Indian journal of veterinary science and animal husbandry - Volumes 15-17, 1948-1951
Year: 1948
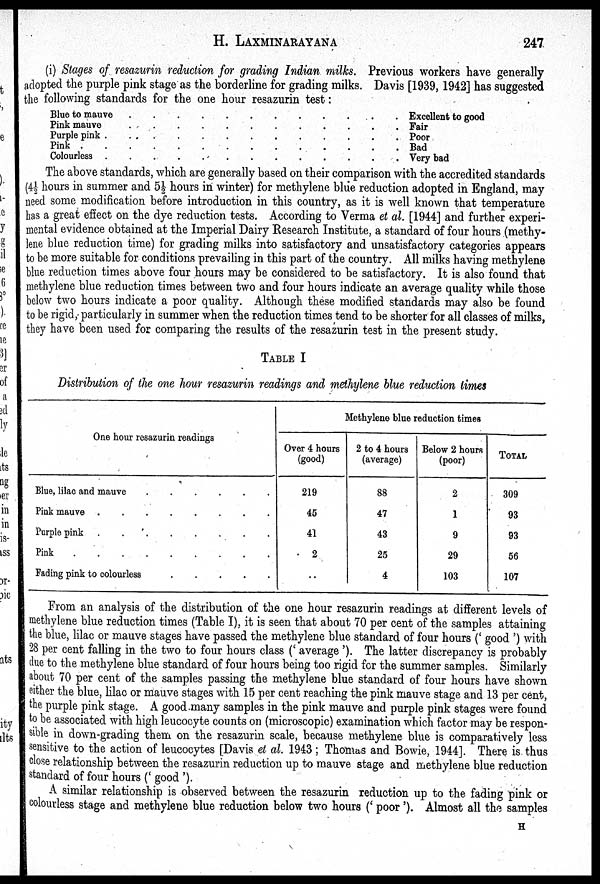
H. LAXMINARAYANA 247
(i) Stages of resazurin reduction for grading Indian milks. Previous workers have generally
adopted the purple pink stage as the borderline for grading milks. Davis [1939, 1942] has suggested
the following standards for the one hour resazurin test :
Blue to mauve
Pink mauve
Purple pink
Pink
Colourless
Excellent to good
Fair
Poor
Bad
Very bad
The above standards, which are generally based on their comparison with the accredited standards
(4½ hours in summer and 5½ hours in winter) for methylene blue reduction adopted in England, may
need some modification before introduction in this country, as it is well known that temperature
has a great effect on the dye reduction tests. According to Verma et al. [1944] and further experi-
mental evidence obtained at the Imperial Dairy Research Institute, a standard of four hours (methy-
lene blue reduction time) for grading milks into satisfactory and unsatisfactory categories appears
to be more suitable for conditions prevailing in this part of the country. All milks having methylene
blue reduction times above four hours may be considered to be satisfactory. It is also found that
methylene blue reduction times between two and four hours indicate an average quality while those
below two hours indicate a poor quality. Although these modified standards may also be found
to be rigid, particularly in summer when the reduction times tend to be shorter for all classes of milks,
they have been used for comparing the results of the resazurin test in the present study.
TABLE I
Distribution of the one hour resazurin readings and methylene blue reduction times
One hour resazurin readings
Blue, lilac and mauve . . . . . .
Pink mauve .
.
.
.
.
.
.
.
Purple pink . . . . . .
Pink . . . . . .
Fading pink to colourless . . . . .
Methylene blue reduction times
Over 4 hours
(good)
219
45
41
2
..
2 to 4 hours
(average)
88
47
43
25
4
Below 2 hours
(poor)
2
1
9
29
103
TOTAL
309
93
93
56
107
From an analysis of the distribution of the one hour resazurin readings at different levels of
methylene blue reduction times (Table I), it is seen that about 70 per cent of the samples attaining
the blue, lilac or mauve stages have passed the methylene blue standard of four hours ('good') with
28 per cent falling in the two to four hours class ('average'). The latter discrepancy is probably
due to the methylene blue standard of four hours being too rigid for the summer samples. Similarly
about 70 per cent of the samples passing the methylene blue standard of four hours have shown
either the blue, lilac or mauve stages with 15 per cent reaching the pink mauve stage and 13 per cent,
the purple pink stage. A good many samples in the pink mauve and purple pink stages were found
to be associated with high leucocyte counts on (microscopic) examination which factor may be respon-
sible in down-grading them on the resazurin scale, because methylene blue is comparatively less
sensitive to the action of leucocytes [Davis et al. 1943 ; Thomas and Bowie, 1944]. There is thus
close relationship between the resazurin reduction up to mauve stage and methylene blue reduction
standard of four hours ('good').
A similar relationship is observed between the resazurin reduction up to the fading pink or
colourless stage and methylene blue reduction below two hours ('poor'). Almost all the samples
H